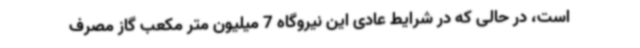
است، در حالی که در شرایط عادی این نیروگاه 7 میلیون متر مکعب گاز مصرف